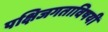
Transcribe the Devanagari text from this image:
पक्षिजगताविषयी